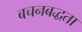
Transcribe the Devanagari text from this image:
बचनबद्धता